Indian journal of veterinary science and animal husbandry - Volume 12,
Year: 1942
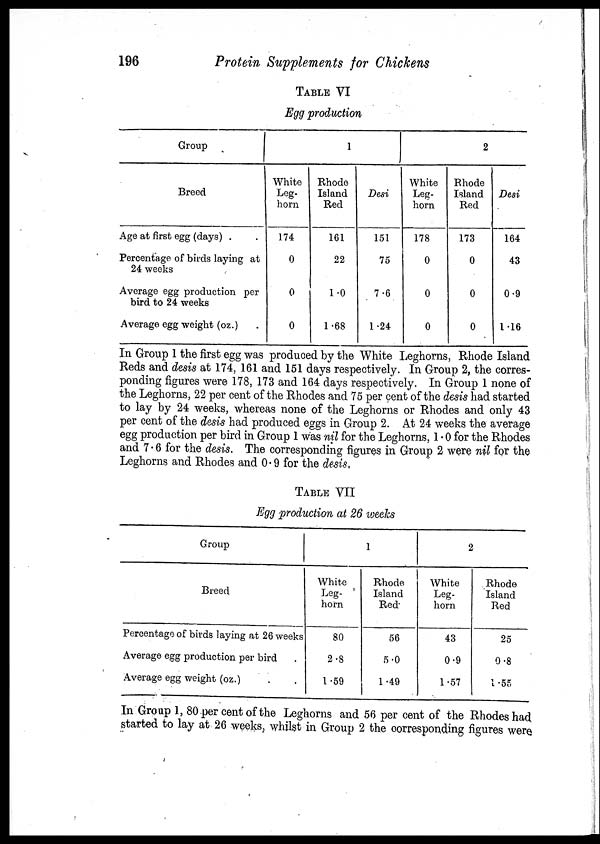
196
Protein Supplements for Chickens
TABLE VI
Egg production
Group
Breed
Age at first egg (days) .
Percentage of birds laying at
24 weeks
Average egg production per
bird to 24 weeks
Average egg weight (oz.)
1
White
Leg-
horn
174
0
0
0
Rhode
Island
Red
161
22
1.0
1.68
Desi
151
75
7.6
1.24
2
White
Leg-
horn
178
0
0
0
Rhode
Island
Red
173
0
0
0
Desi
164
43
0.9
1.16
In Group 1 the first egg was produced by the White Leghorns, Rhode Island
Reds and desis at 174, 161 and 151 days respectively. In Group 2, the corres-
ponding figures were 178, 173 and 164 days respectively. In Group 1 none of
the Leghorns, 22 per cent of the Rhodes and 75 per cent of the desis had started
to lay by 24 weeks, whereas none of the Leghorns or Rhodes and only 43
per cent of the desis had produced eggs in Group 2. At 24 weeks the average
egg production per bird in Group 1 was nil for the Leghorns, 1.0 for the Rhodes
and 7 . 6 for the desis. The corresponding figures in Group 2 were nil for the
Leghorns and Rhodes and 0. 9 for the desis.
TABLE VII
Egg production at 26 weeks
Group
Breed
Percentage of birds laying at 26 weeks
Average egg production per bird .
Average egg weight (oz.)
1
White
Leg-
horn
80
2.8
1.59
Rhode
Island
Red
56
5.0
1.49
2
White
Leg-
horn
43
0.9
1.57
Rhode
Island
Red
25
0.8
1 .55
In Group 1, 80 per cent of the Leghorns and 56 per cent of the Rhodes had
started to lay at 26 weeks, whilst in Group 2 the corresponding figures were